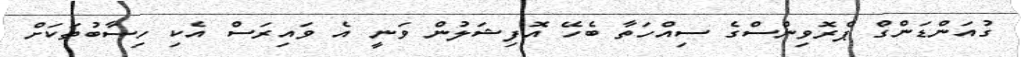
ގުއަންޑަންގް ޕްރޮވިންސްގެ ސިއްހަތާ ބެހޭ އޮފިޝަލުން ވަނީ އެ ވައިރަސް އެކި ހިސާބުތަކަށް